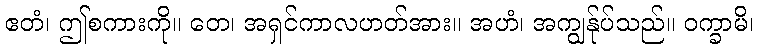
ဧတံ၊ ဤစကားကို။ တေ၊ အရှင်ကာလဟတ်အား။ အဟံ၊ အကျွန်ုပ်သည်။ ဝက္ခာမိ၊